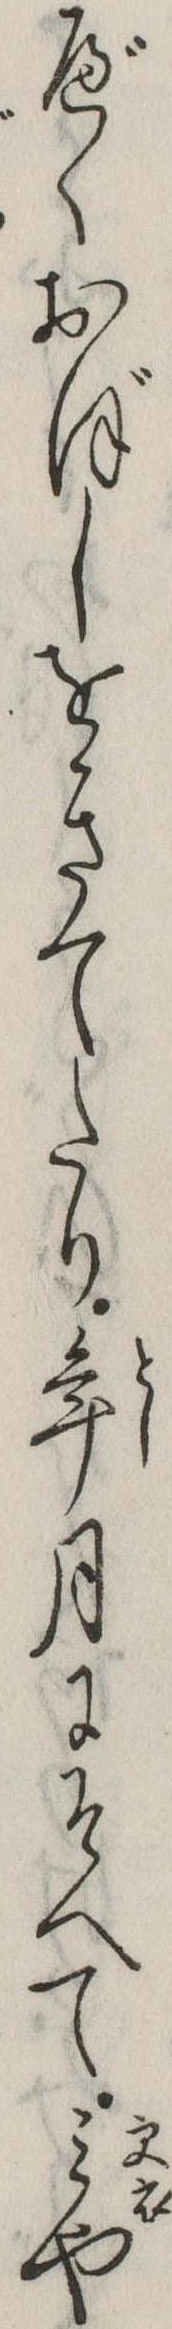
べくおぼしをきてたり年月にそへてみや